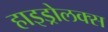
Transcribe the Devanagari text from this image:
हाइड्रोलक्स